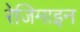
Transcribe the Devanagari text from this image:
रेजिमाइन